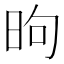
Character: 昫